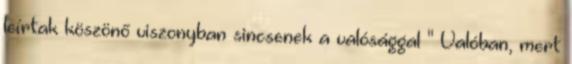
leírtak köszönő viszonyban sincsenek a valósággal " Valóban, mert